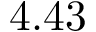
4 . 4 3